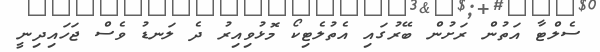
ސެލްޓާ އަތުން ރަށުން ބޭރުގައި އެތުލެޓިކޯ މޮޅުވިއިރު ދެ ލަނޑު ވެސް ޖަހައިދިނީ